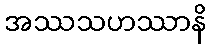
အဿသဟဿာနိ